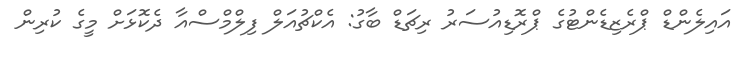
އައިލެންޑް ޕްރެޒިޑެންޓުގެ ޕްރޮޑިއުސަރު ރިޗަޑް ބާގު: އެކްޗުއަލް ފިލްމްސްއާ ދެކޮޅަށް މީގެ ކުރިން